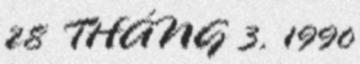
28 THÁNG 3, 1990